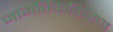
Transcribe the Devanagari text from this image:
जागतिककिरण